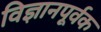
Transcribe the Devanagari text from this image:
विज्ञानपूर्वक